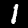
Label: 1